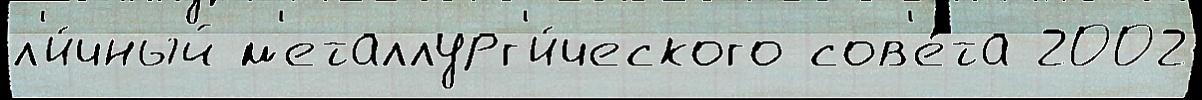
л'и́чный м'еталлург'и́ческого сов'е́та 2002